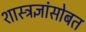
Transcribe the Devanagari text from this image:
शास्त्रज्ञांसोबत